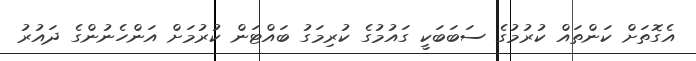
އެގޮތަށް ކަންތައް ކުރުމުގެ ސަބަބަކީ ގައުމުގެ ކުރިމަގު ބައްޓަން ކުރުމަށް އަންހެނުންގެ ދައުރު